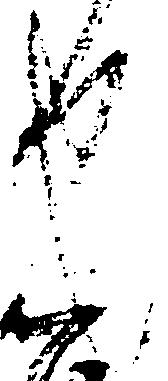
也